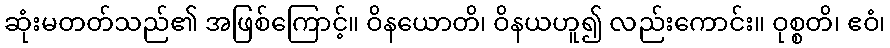
ဆုံးမတတ်သည်၏ အဖြစ်ကြောင့်။ ဝိနယောတိ၊ ဝိနယဟူ၍ လည်းကောင်း။ ဝုစ္စတိ၊ ဧဝံ၊